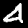
Label: 4